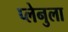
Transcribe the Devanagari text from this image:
प्लेनुला